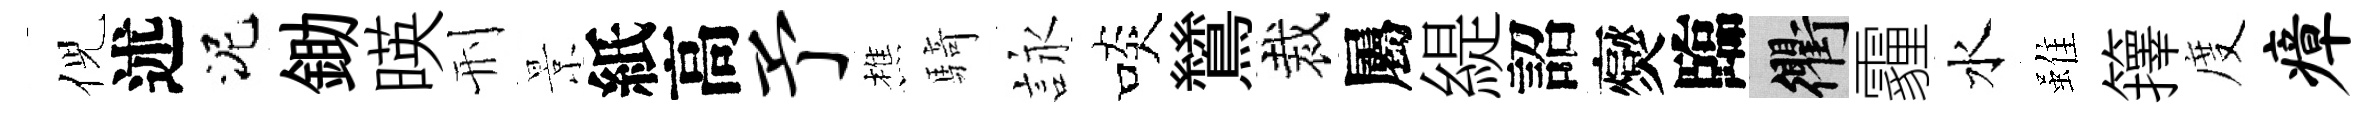
倪述泥鋤暎刑景紙高予樵騎詠啖鷥裁屬緹詔爕臨衢霾水雖籜度瘴